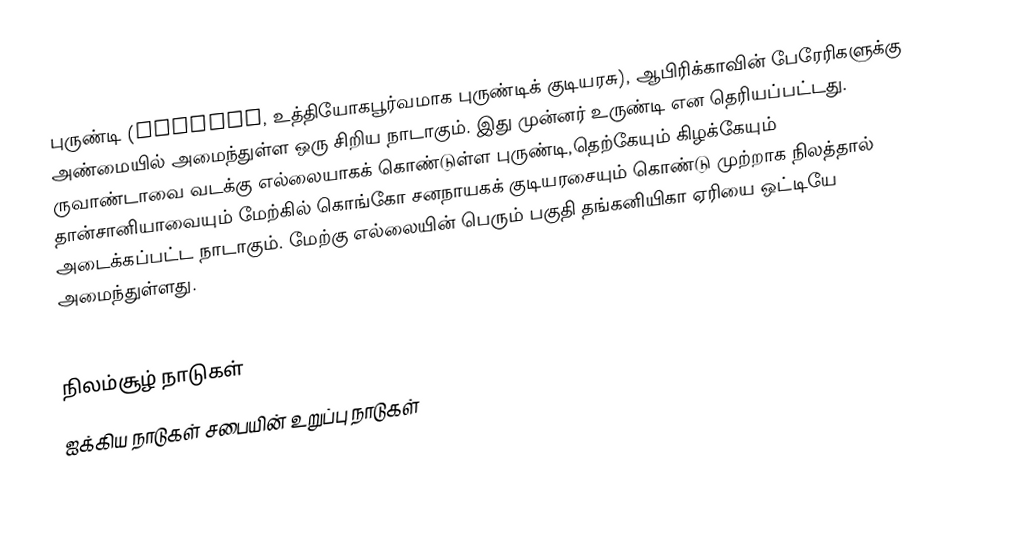
புருண்டி (Burundi, உத்தியோகபூர்வமாக புருண்டிக் குடியரசு), ஆபிரிக்காவின் பேரேரிகளுக்கு அண்மையில் அமைந்துள்ள ஒரு சிறிய நாடாகும். இது முன்னர் உருண்டி என தெரியப்பட்டது. ருவாண்டாவை வடக்கு எல்லையாகக் கொண்டுள்ள புருண்டி,தெற்கேயும் கிழக்கேயும் தான்சானியாவையும் மேற்கில் கொங்கோ சனநாயகக் குடியரசையும் கொண்டு முற்றாக நிலத்தால் அடைக்கப்பட்ட நாடாகும்.   மேற்கு எல்லையின் பெரும் பகுதி தங்கனியிகா ஏரியை ஒட்டியே அமைந்துள்ளது.

நிலம்சூழ் நாடுகள்
ஐக்கிய நாடுகள் சபையின் உறுப்பு நாடுகள்